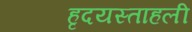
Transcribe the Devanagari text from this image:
हृदयस्ताहली